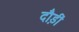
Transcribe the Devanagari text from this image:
दौड़ीं